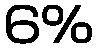
6%